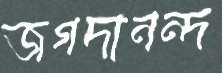
জগদানন্দ